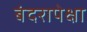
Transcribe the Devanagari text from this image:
बंदरापेक्षा